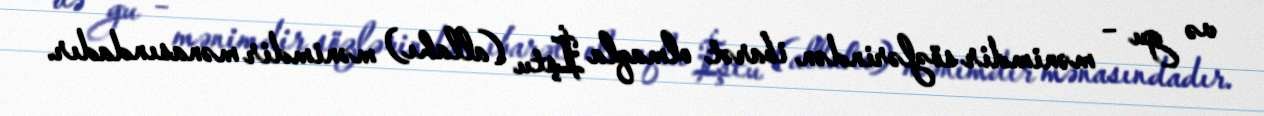
və gu – mənimdir sözlərindən ibarət olmaqla İştu (allahı) mənimdir mənasındadır.